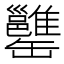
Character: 𦉥